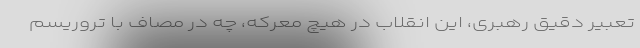
تعبیر دقیق رهبری، این انقلاب در هیچ معرکه، چه در مصاف با تروریسم